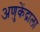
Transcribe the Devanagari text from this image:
अणुकेंद्राला